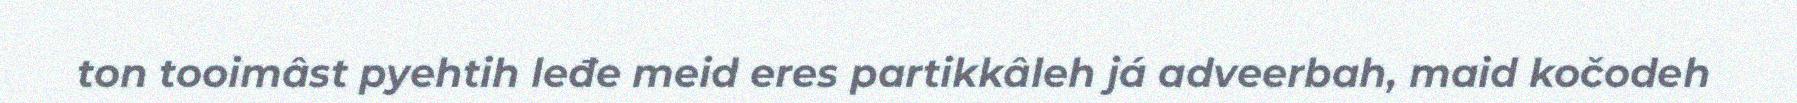
ton tooimâst pyehtih leđe meid eres partikkâleh já adveerbah, maid kočodeh